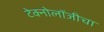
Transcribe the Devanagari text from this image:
टेक्नोलॉजीचा